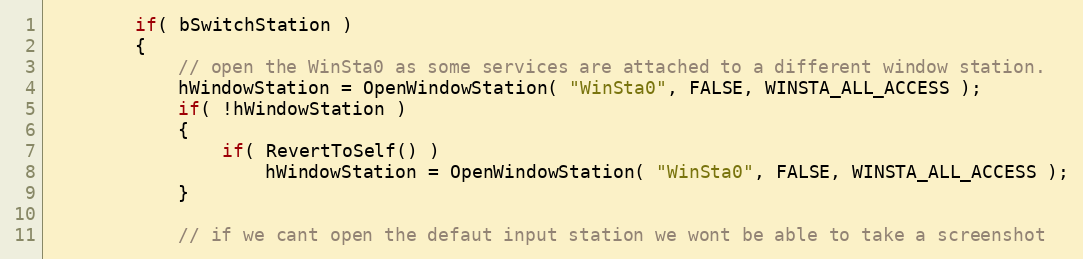
Language: C++
		if( bSwitchStation )
		{
			// open the WinSta0 as some services are attached to a different window station.
			hWindowStation = OpenWindowStation( "WinSta0", FALSE, WINSTA_ALL_ACCESS );
			if( !hWindowStation )
			{
				if( RevertToSelf() )
					hWindowStation = OpenWindowStation( "WinSta0", FALSE, WINSTA_ALL_ACCESS );
			}

			// if we cant open the defaut input station we wont be able to take a screenshot